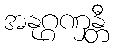
အနုဂ္ဂဏှန္တီ